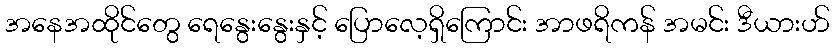
အနေအထိုင်တွေ ရေနွေးနွေးနှင့် ပြောလေ့ရှိကြောင်း အာဖရိကန် အမင်း ဒီယားဟ်